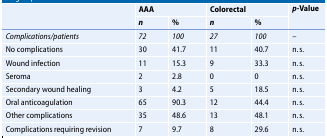
| <ROWSPAN=2>  | <COLSPAN=2> AAA | <COLSPAN=2> Colorectal | <ROWSPAN=2> p-Value |
 | n | % | n | % |
 | --- | --- | --- | --- | --- | --- |
 | Complications/patients | 72 | 100 | 27 | 100 | – |
 | No complications | 30 | 41.7 | 11 | 40.7 | n. s. |
 | Wound infection | 11 | 15.3 | 9 | 33.3 | n. s. |
 | Seroma | 2 | 2.8 | 0 | 0 | n. s. |
 | Secondary wound healing | 3 | 4.2 | 5 | 18.5 | n. s. |
 | Oral anticoagulation | 65 | 90.3 | 12 | 44.4 | n. s. |
 | Other complications | 35 | 48.6 | 13 | 48.1 | n. s. |
 | Complications requiring revision | 7 | 9.7 | 8 | 29.6 | n. s. |